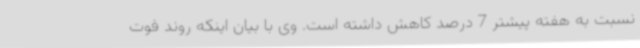
نسبت به هفته پیشتر 7 درصد کاهش داشته است. وی با بیان اینکه روند فوت